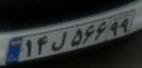
۱۴ل۵۶۶۹۹